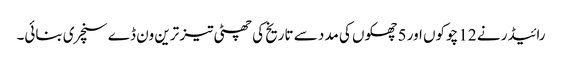
رائیڈر نے 12 چوکوں اور 5 چھکوں کی مدد سے تاریخ کی چھٹی تیز ترین ون ڈے سنچری بنائی۔